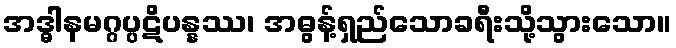
အဒ္ဓါနမဂ္ဂပ္ပဋိပန္နဿ၊ အဓွန့်ရှည်သောခရီးသို့သွားသော။